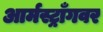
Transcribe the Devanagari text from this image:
आर्मस्ट्राँगवर